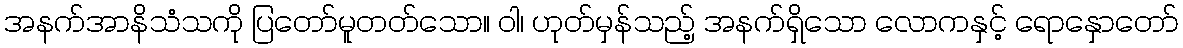
အနက်အာနိသံသကို ပြတော်မူတတ်သော။ ဝါ၊ ဟုတ်မှန်သည့် အနက်ရှိသော လောကနှင့် ရောနှောတော်